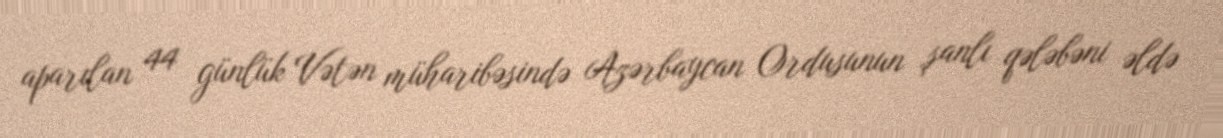
aparılan 44 günlük Vətən müharibəsində Azərbaycan Ordusunun şanlı qələbəni əldə